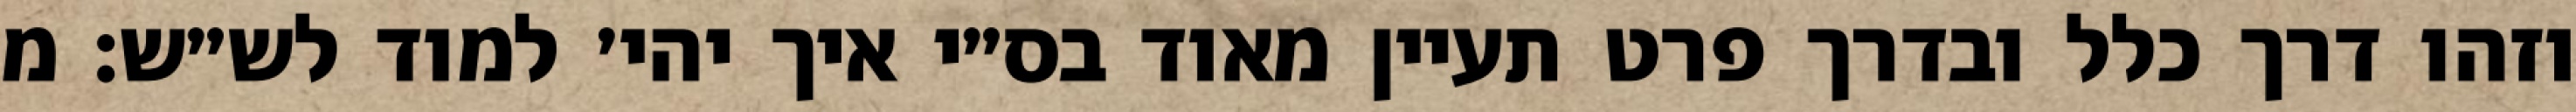
וזהו דרך כלל ובדרך פרט תעיין מאוד בס״י איך יהי׳ למוד לש״ש: מ